FBI Photo B21
Agency: FBI
Incident date: Late 2025
Incident location: Western United States
Page 1
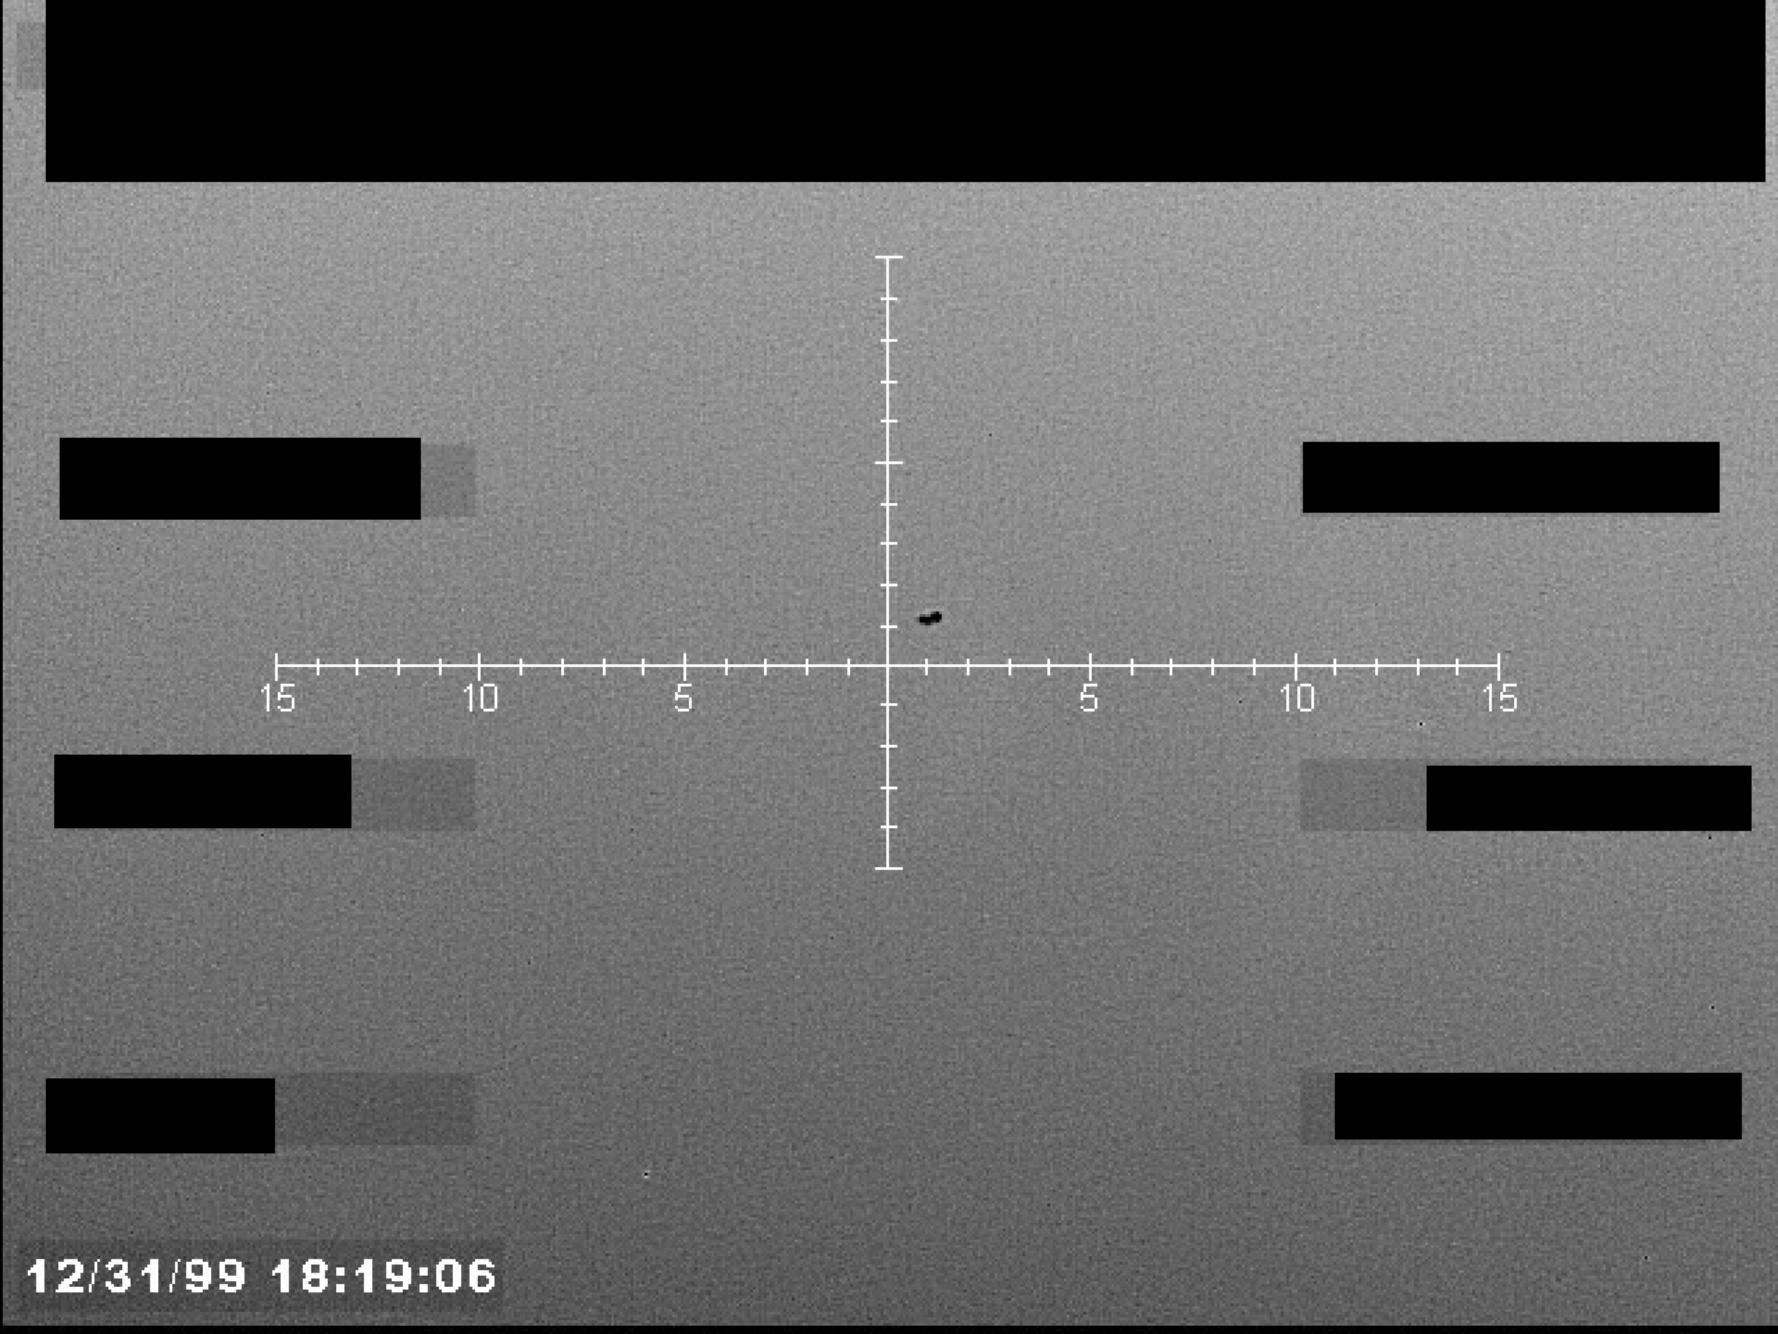